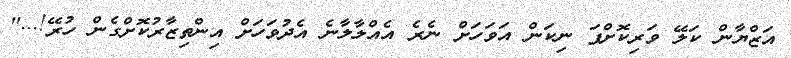
އަޒްޔާން ކަލޭ ވަރިކޮށްފަ ނިކަން އަވަހަށް ނެރެ އެއްލާލާނެ އެދުވަހަށް އިންތިޒާރުކޮށްގެން ހުރޭ!...''